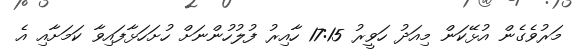
މަރުވެގެން އުޅޭކަން މިއަދު ހަވީރު 17:15 ހާއިރު ފުލުހުންނަށް ހުށަހަޅާފައިވާ ކަމަށާއި އެ